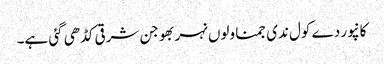
کانپور دے کول ندی جمنا ولوں نہر بھوجن شرقی کڈھی گئی ہے۔